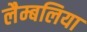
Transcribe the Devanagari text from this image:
लैम्बलिया